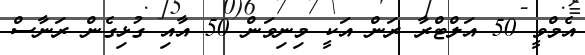
އެމްވީ 50 އަލްޓްރާ ރަން އަކީ މިނިވަން 50 އާއި ގުޅިގެން ރަނާސް